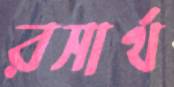
রসার্থ